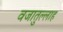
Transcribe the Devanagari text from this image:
वजातुल्लाह